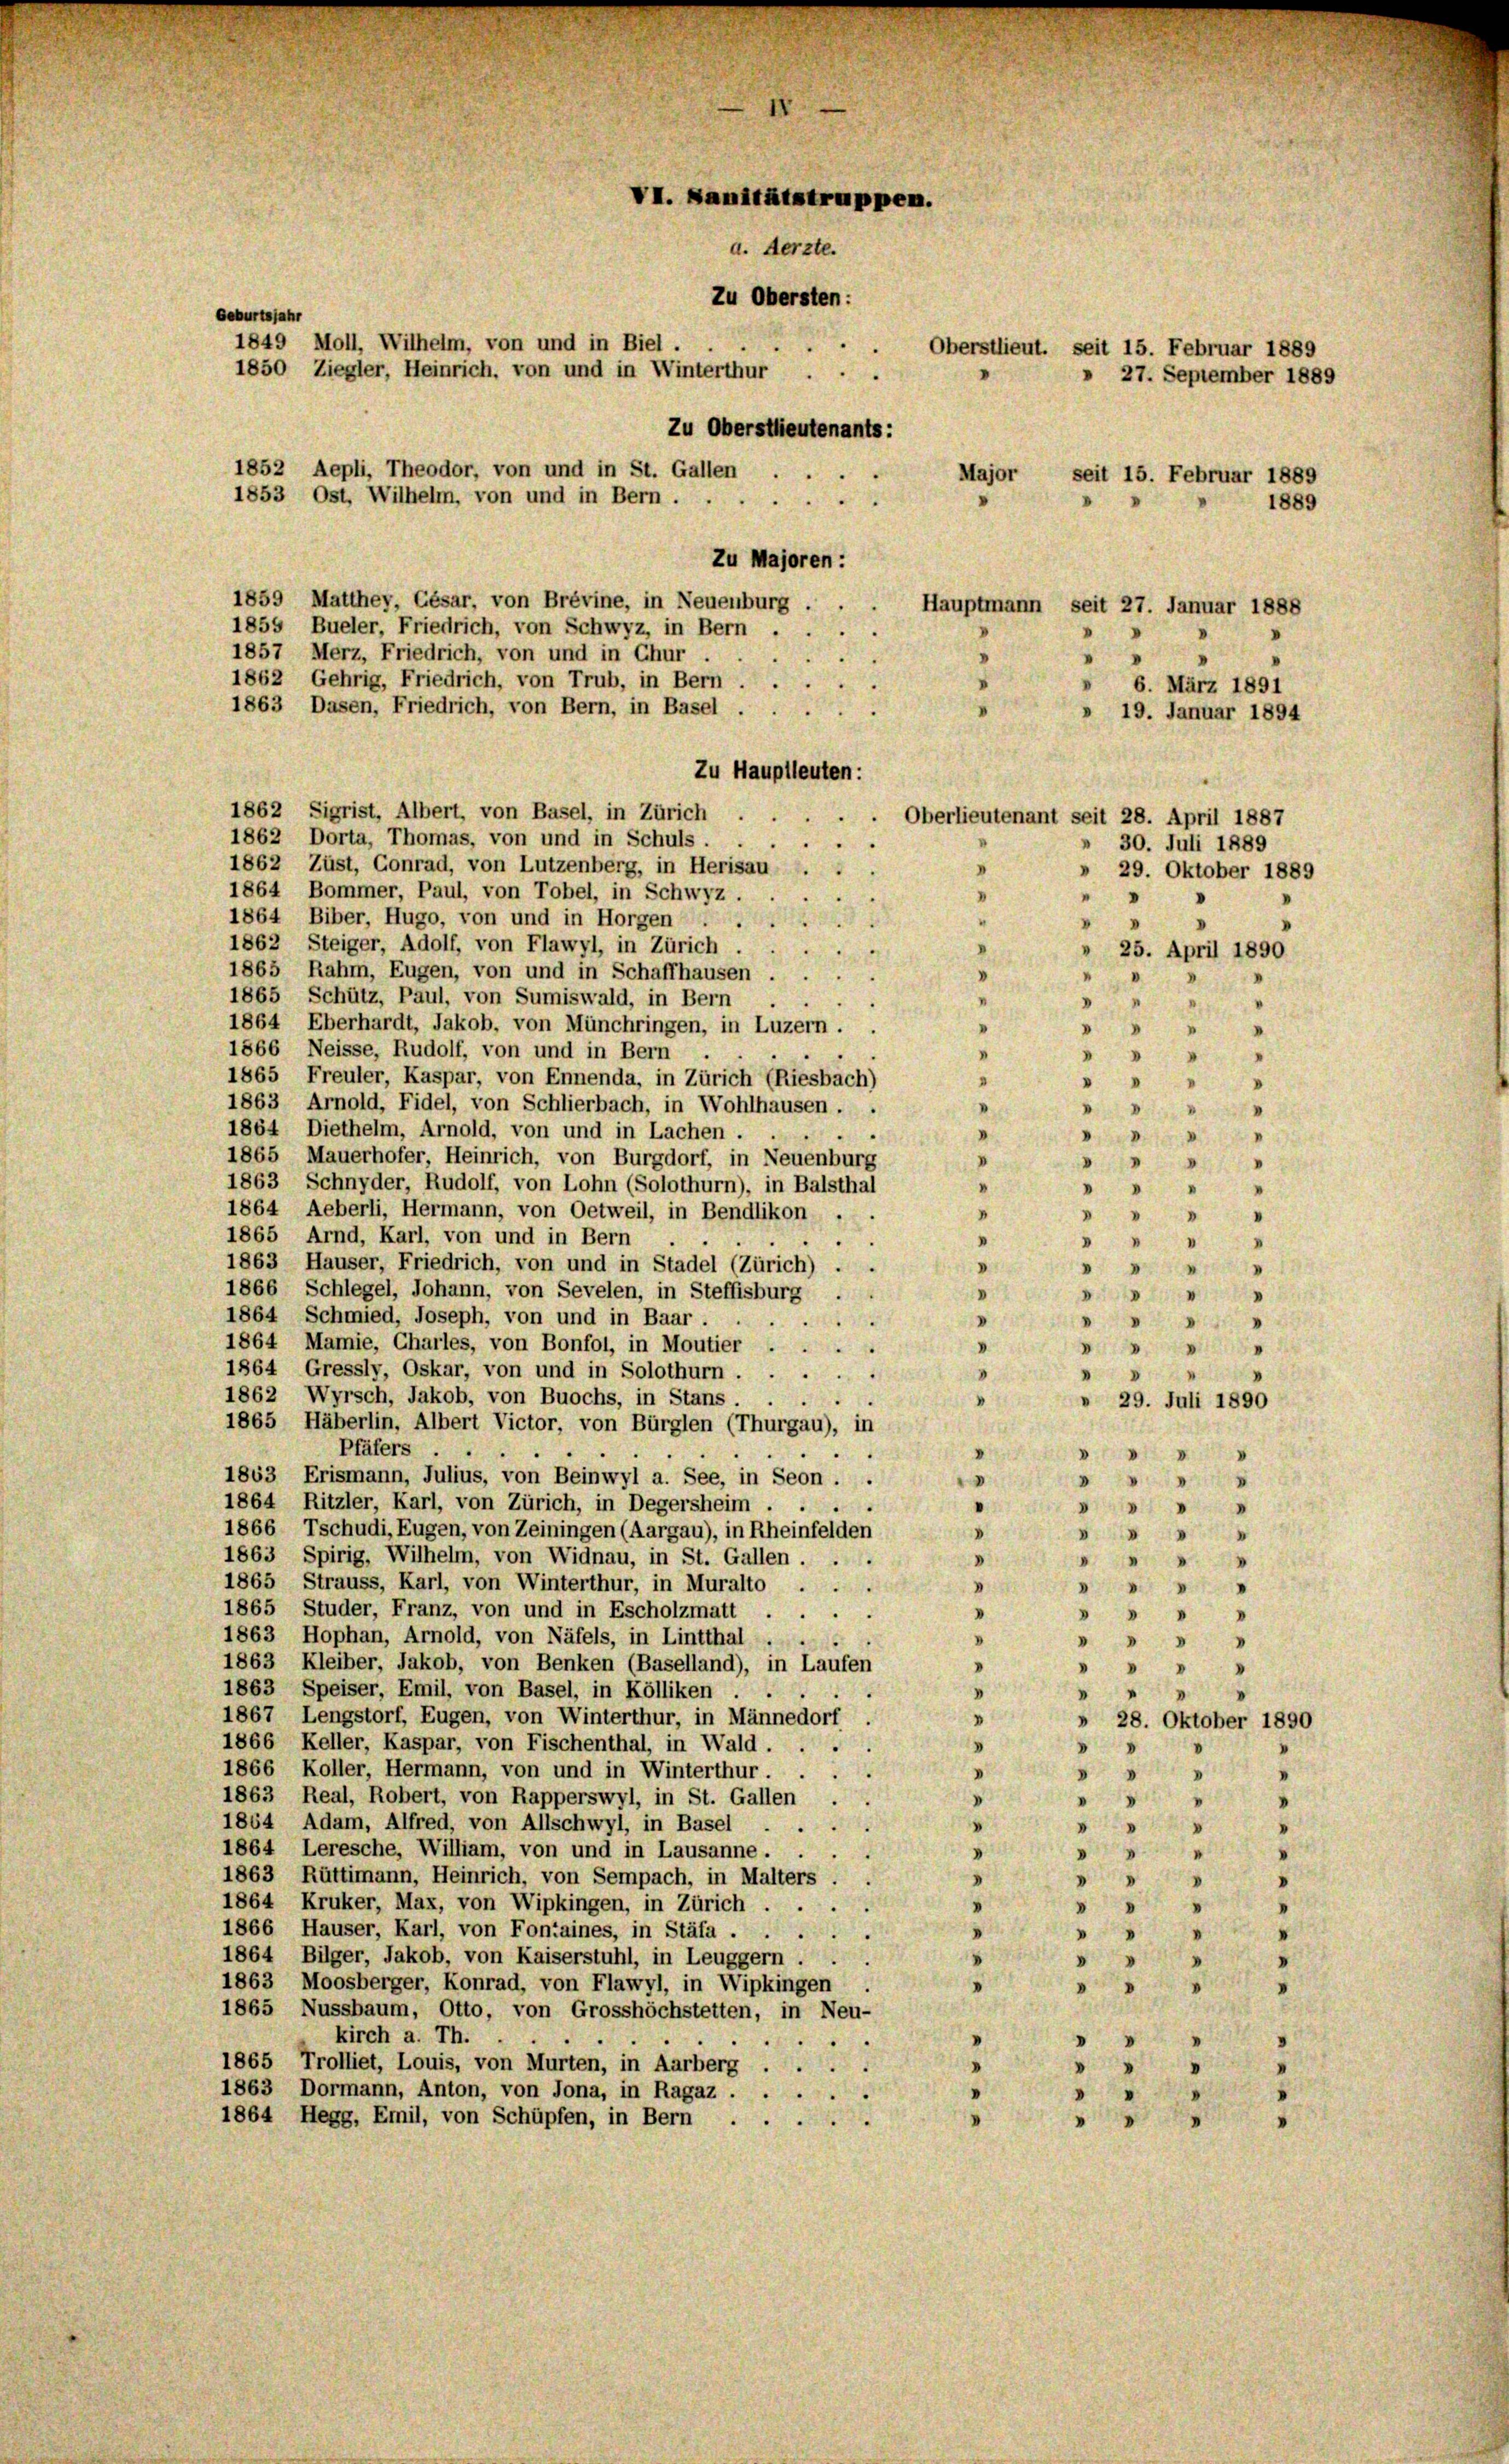
VI. Sanitätstruppen.
a. Aerzte.
Zu Obersten:
Geburtsjahr
1849 Moll, Wilhelm, von und in Biel .
Oberstlieut. seit 15. Februar 1889
1850 Ziegler, Heinrich, von und in Winterthur ...
» 27. September 1889
Zu Oberstlieutenants:
1852 Aepli, Theodor, von und in St. Gallen ...
Major
seit 15. Februar 1889
1853 Ost, Wilhelm, von und in Bern
1889

1859 Matthey, César, von Brévine, in Neuenburg . .
1855 Bueler, Friedrich, von Schwyz, in Bern . . .
1857 Merz, Friedrich, von und in Chur
1862 Gehrig, Friedrich, von Trub, in Bern.
6. März 1891
1863 Dasen, Friedrich, von Bern, in Basel ...
» 19. Januar 1894
Zu Hauptleuten:
1862 Sigrist, Albert, von Basel, in Zürich.
Oberlieutenant seit 28. April 1887
1862 Dorta, Thomas, von und in Schuls.
1862 Züst, Gonrad, von Lutzenberg, in Herisau  . .
.
» 29. Oktober 1889
1864 Bommer, Paul, von Tobel, in Schwyz,
.
I
"
1864 Biber, Hugo, von und in Horgen ...
“
1862 Steiger, Adolf, von Flawyl, in Zürich . .
I
» 25. April 1890
1865 Rahm, Eugen, von und in Schaffhausen
V
d
1865 Schütz, Paul, von Sumiswald, in Bern
.
I
1864 Eberhardt, Jakob, von Münchringen, in Luzern.
"
 "
n
1866 Neisse, Rudolf, von und in Bern
.
 " " "
1865 Freuler, Kaspar, von Ennenda, in Zürich (Riesbach)
"
"
1863 Arnold, Fidel, von Schlierbach, in Wohlhausen . .
.

1864 Diethelm, Arnold, von und in Lachen.
e
.
"
1865 Mauerhofer, Heinrich, von Burgdorf, in Neuenburg
.
" "
1863 Schnyder, Rudolf, von Lohn (Solothurn), in Balsthal
"
 "
1864 Aeberli, Hermann, von Oetweil, in Bendlikon
n
" " " "
1865 Arnd, Karl, von und in Bern
 " " "
.
1863 Hauser, Friedrich, von und in Stadel (Zürich) . .
.
4
1866 Schlegel, Johann, von Sevelen, in Steffisburg
V
d
1864 Schmied, Joseph, von und in Baar
D
"
1864 Marie, Charles, von Bonfol, in Moutier .
.

1864 Gressly, Oskar, von und in Solothurn.
d
.
1862 Wyrsch, Jakob, von Buochs, in Stans
.
 29. Juli 1890
1865 Häberlin, Albert Victor, von Bürglen (Thurgau), in
Pfäfers . .

1863 Erismann, Julius, von Beinwyl a. See, in Seon . .

.
1864 Ritzler, Karl, von Zürich, in Degersheim.

.
1866 Tschudi, Eugen, von Zeiningen (Aargau), in Rheinfelden
D

1863 Spirig, Wilhelm, von Widnau, in St. Gallen
.

.
1865 Strauss, Karl, von Winterthur, in Muralto . .
.
"
1865 Studer, Franz, von und in Escholzmatt.
.
 " " "
1863 Hophan, Arnold, von Näfels, in Lintthal
.
" " "
1863 Kleiber, Jakob, von Benken (Baselland), in Laufen
d
 " "
.
1863 Speiser, Emil, von Basel, in Kölliken
n
.
1867 Lengstorf, Eugen, von Winterthur, in Männedorf
V
» 28. Oktober 1890
1866 Keller, Kaspar, von Fischenthal, in Wald.
.
 " "
1866 Koller, Hermann, von und in Winterthur . .
.

"
1863 Real, Robert, von Rapperswyl, in St. Gallen .
V
5
.
1864 Adam, Alfred, von Allschwyl, in Basel
V

0
1864 Leresche, William, von und in Lausanne ....
d

.
1863 Rüttimann, Heinrich, von Sempach, in Malters

"
.
1864 Kruker, Max, von Wipkingen, in Zürich

"
1866 Hauser, Karl, von Fontaines, in Stäfa . . .

I
1864 Bilger, Jakob, von Kaiserstuhl, in Leuggern

i
I
1863 Moosberger, Konrad, von Flawyl, in Wipkingen .
"

.
.
1865 Nussbaum, Otto, von Grosshöchstetten, in Neu-
kirch a. Th.
"
d
1865 Trolliet, Louis, von Murten, in Aarberg ....
.
"
1863 Dormann, Anton, von Jona, in Ragaz . . .

1864 Hegg, Emil, von Schüpfen, in Bern
"
V

Zu Majoren :

Hauptmann seit 27. Januar 1888

30. Juli 1889